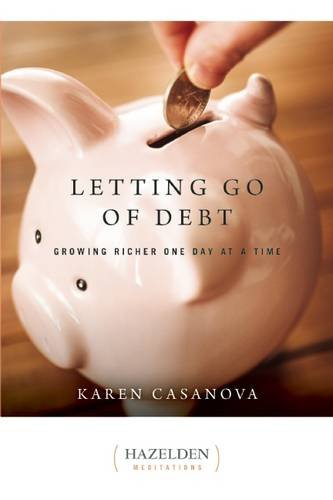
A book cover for Letting Go of Debt: Growing Richer One Day at a Time; Karen Casanova; Business & Money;